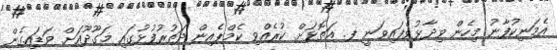
އެމަނިކުފާނު މިހެން ވިދާޅުވެފައިވަނީ ފ. އަތޮޅަށް ކުރެއްވި ކެމްޕެއިން ދަތުރުފުޅުގައި މަގޫދޫއަށް ވަޑައިގެން